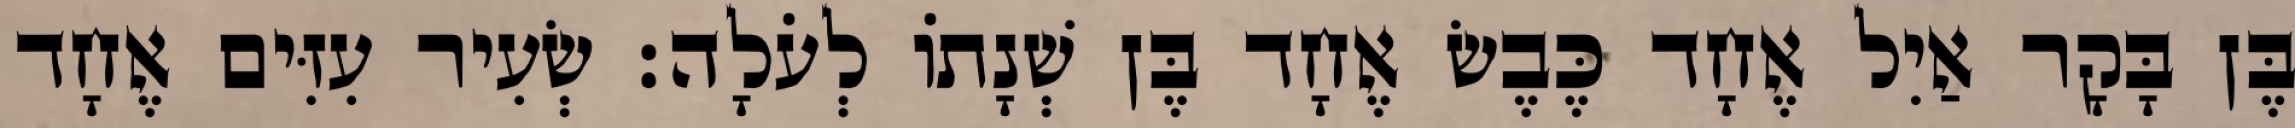
בֶּן בָּקָר אַיִל אֶחָד כֶּבֶשׂ אֶחָד בֶּן שְׁנָתוֹ לְעֹלָה׃ שְׂעִיר עִזִּים אֶחָד